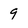
Character: 9